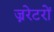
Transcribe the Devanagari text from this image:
ज्नरेटरों